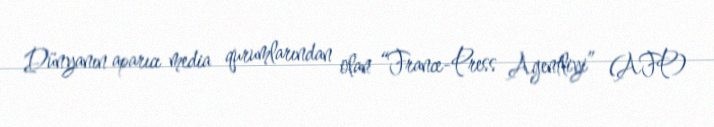
Dünyanın aparıcı media qurumlarından olan “France-Press Agentliyi” (AFP)